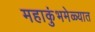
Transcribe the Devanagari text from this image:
महाकुंभमेळ्यात